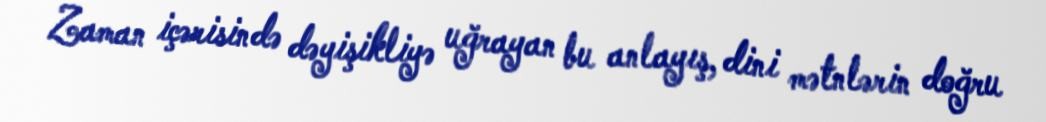
Zaman içərisində dəyişikliyə uğrayan bu anlayış, dini mətnlərin doğru